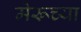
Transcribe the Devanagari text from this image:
मेरूच्या